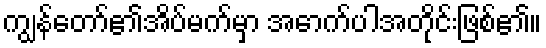
ကျွန်တော်၏အိပ်မက်မှာ အောက်ပါအတိုင်းဖြစ်၏။